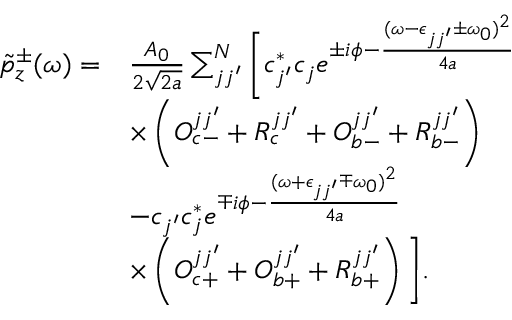
\begin{array} { r l } { \tilde { p } _ { z } ^ { \pm } ( \omega ) = } & { \frac { A _ { 0 } } { 2 \sqrt { 2 a } } \sum _ { j j ^ { \prime } } ^ { N } \bigg [ c _ { j ^ { \prime } } ^ { * } c _ { j } e ^ { \pm i \phi - \frac { ( \omega - \epsilon _ { j j ^ { \prime } } \pm \omega _ { 0 } ) ^ { 2 } } { 4 a } } } \\ & { \times \left( O _ { c - } ^ { j j ^ { \prime } } + R _ { c } ^ { j j ^ { \prime } } + O _ { b - } ^ { j j ^ { \prime } } + R _ { b - } ^ { j j ^ { \prime } } \right) } \\ & { - c _ { j ^ { \prime } } c _ { j } ^ { * } e ^ { \mp i \phi - \frac { ( \omega + \epsilon _ { j j ^ { \prime } } \mp \omega _ { 0 } ) ^ { 2 } } { 4 a } } } \\ & { \times \left( O _ { c + } ^ { j j ^ { \prime } } + O _ { b + } ^ { j j ^ { \prime } } + R _ { b + } ^ { j j ^ { \prime } } \right) \bigg ] . } \end{array}